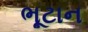
ભૂટાન